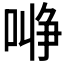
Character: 𰈞